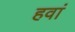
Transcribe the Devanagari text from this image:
हवां